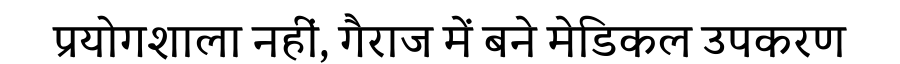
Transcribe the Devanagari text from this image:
प्रयोगशाला नहीं, गैराज में बने मेडिकल उपकरण